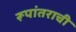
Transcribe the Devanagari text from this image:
रूपांतराची